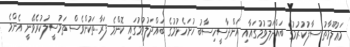
މަޢުލޫމާތު ސާފުކުރުމުގެ ބައްދަލުވުމުގައާއި އަންދާސީހިސާބު ހުށަހެޅުމުގެ ބައްދަލުވުމުގައި ކޮންމެ ފަރާތަކުންވެސް ތަމުސީލުކުރެވޭނީ އެންމެ